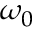
\omega _ { 0 }